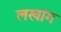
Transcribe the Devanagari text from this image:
लखांग